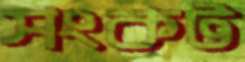
সংকট